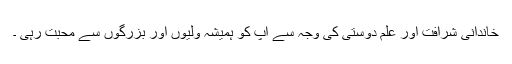
خاندانی شرافت اور علم دوستی کی وجہ سے آپ کو ہمیشہ ولیوں اور بزرگوں سے محبت رہی ۔